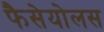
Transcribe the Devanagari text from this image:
फैसेयोलस